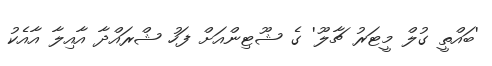
'ބައްތީ ގުލް މީޓަރު ޗާލޫ' ގެ ޝޫޓިންއަށް ފަހު ޝްރައްދާ އާއިލާ އާއެކު